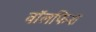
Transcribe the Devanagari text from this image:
वॉलफिश